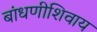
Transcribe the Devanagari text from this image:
बांधणीशिवाय